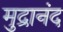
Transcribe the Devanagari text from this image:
मुद्रानंद